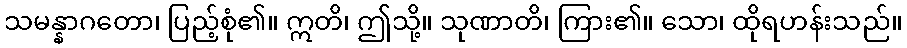
သမန္နာဂတော၊ ပြည့်စုံ၏။ ဣတိ၊ ဤသို့။ သုဏာတိ၊ ကြား၏။ သော၊ ထိုရဟန်းသည်။